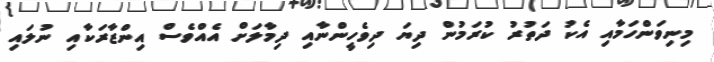
މިނިވަންހަމާއި އެކު ދަތުރު ކުރަމުން ދިޔަ ދިވެހީންނާއި ދިމާލަށް އެއްވެސް އިންޒާރަކާއި ނުލައި